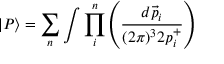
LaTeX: \vert P \rangle = \sum _ { n } \int \prod _ { i } ^ { n } \left( \frac { d \vec { p } _ { i } } { ( 2 \pi ) ^ { 3 } 2 p _ { i } ^ { + } } \right)